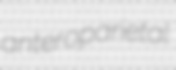
anteroparietal